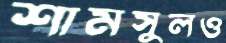
শামসুলও